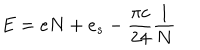
E = e N + e _ { s } - \frac { \pi c } { 2 4 } \frac { 1 } { N }